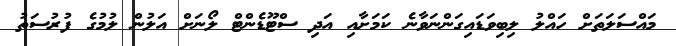
މައްސަލަތަށް ހައްލު ލިބިވަޑައިގަންނަވާނެ ކަމަށާއި އަދި ސްޓޫޑެންޓް ލޯނަށް އަލުން ލުމުގެ ފުރުސަތު